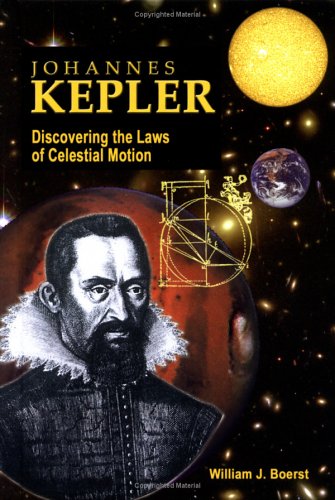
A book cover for Johannes Kepler: Discovering the Laws of Celestial Motion (Great Scientists); William J. Boerst; Teen & Young Adult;